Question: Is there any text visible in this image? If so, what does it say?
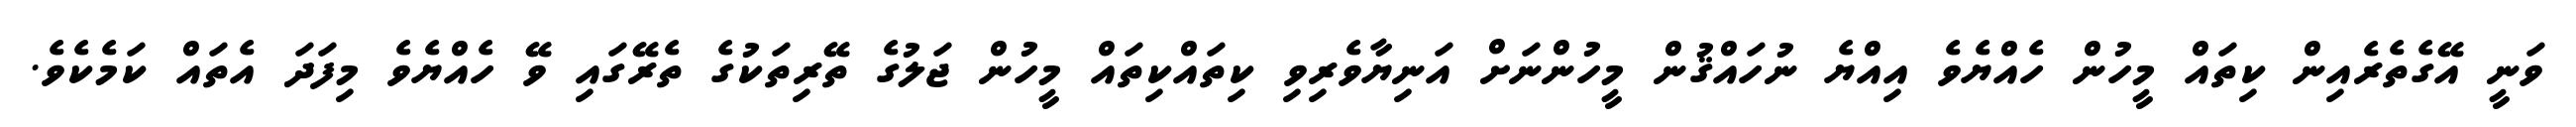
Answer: ވަނީ އޭގެތެރެއިން ކިތައް މީހުން ހެއްޔެވެ އިއްޔެ ނުހައްޤުން މީހުންނަށް އަނިޔާވެރިވި ކިތައްކިތައް މީހުން ޖަލުގެ ތޭރިތަކުގެ ތެރޭގައި ވޭ ހެއްޔެވެ މިފަދަ އެތައް ކަމެކެވެ.